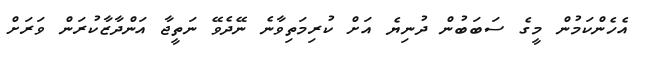
އެހެންކަމުން މީގެ ސަބަބުން ދުނިޔެ އަށް ކުރިމަތިވާނެ ނޭދެވޭ ނަތީޖާ އަންދާޒާކުރަން ވަރަށް